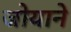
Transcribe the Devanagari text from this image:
जोयाने